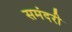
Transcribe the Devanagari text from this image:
समंदरी